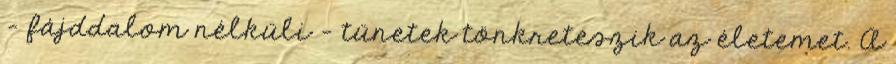
- fájddalom nélküli - tünetek tönkreteszik az életemet. A